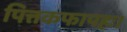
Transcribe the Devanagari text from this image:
पित्तकफापहः।